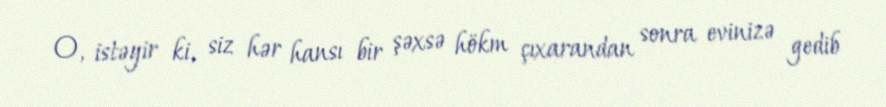
O, istəyir ki, siz hər hansı bir şəxsə hökm çıxarandan sonra evinizə gedib